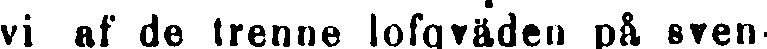
vi af de trenne lofqväden på sven-